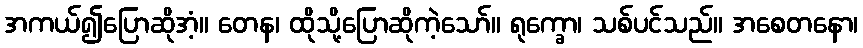
အကယ်၍ပြောဆိုအံ့။ တေန၊ ထိုသို့ပြောဆိုကဲ့သော်။ ရုက္ခော၊ သစ်ပင်သည်။ အစေတနော၊